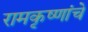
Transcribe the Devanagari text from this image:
रामकृष्णांचे